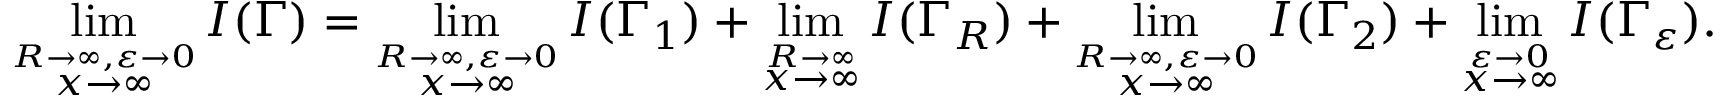
\operatorname* { l i m } _ { \stackrel { R \to \infty , \varepsilon \to 0 } { x \to \infty } } I ( \Gamma ) = \operatorname* { l i m } _ { \stackrel { R \to \infty , \varepsilon \to 0 } { x \to \infty } } I ( \Gamma _ { 1 } ) + \operatorname* { l i m } _ { \stackrel { R \to \infty } { x \to \infty } } I ( \Gamma _ { R } ) + \operatorname* { l i m } _ { \stackrel { R \to \infty , \varepsilon \to 0 } { x \to \infty } } I ( \Gamma _ { 2 } ) + \operatorname* { l i m } _ { \stackrel { \varepsilon \to 0 } { x \to \infty } } I ( \Gamma _ { \varepsilon } ) .